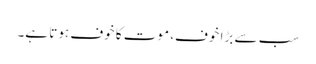
سب سے بڑا خوف، موت کا خوف ہوتا ہے۔